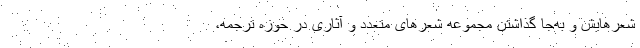
شعرهایش و به‌جا گذاشتن مجموعه شعرهای متعدد و آثاری در حوزه ترجمه،